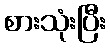
စားသုံးပြီး